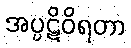
အပ္ပဋိဝိရတာ